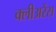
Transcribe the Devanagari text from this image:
क्लीअरेंस